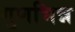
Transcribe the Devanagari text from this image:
गुणभिन्न